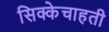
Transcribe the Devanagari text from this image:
सिक्केचाहती